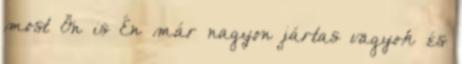
most Ön is Én már nagyon jártas vagyok és